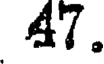
47.